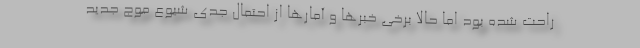
راحت شده بود اما حالا برخی خبرها و آمارها از احتمال جدی شیوع موج جدید